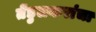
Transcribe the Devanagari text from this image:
तेंडुलकरांचा